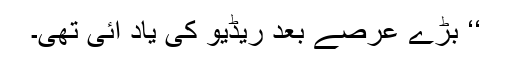
‘‘ بڑے عرصے بعد ریڈیو کی یاد آئی تھی۔